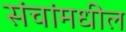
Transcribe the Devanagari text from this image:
संचांमधील